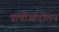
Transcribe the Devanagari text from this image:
पाणीआंदोलन